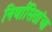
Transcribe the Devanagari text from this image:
निर्वासितांचा